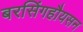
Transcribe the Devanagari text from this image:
बरसिंगहौयसन